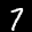
Label: 7